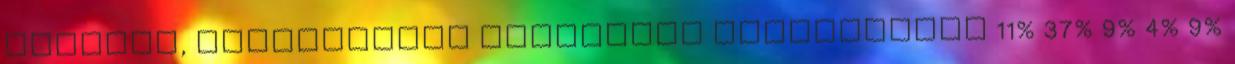
oktatás, egészségügy Szektorok részesedése 11% 37% 9% 4% 9%